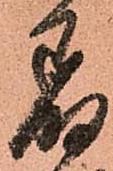
着